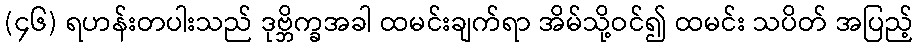
(၄၆) ရဟန်းတပါးသည် ဒုဗ္ဘိက္ခအခါ ထမင်းချက်ရာ အိမ်သို့ဝင်၍ ထမင်း သပိတ် အပြည့်